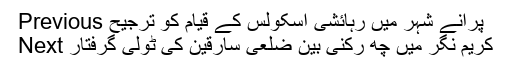
Previous پرانے شہر میں رہائشی اسکولس کے قیام کو ترجیح
Next کریم نگر میں چھ رکنی بین ضلعی سارقین کی ٹولی گرفتار